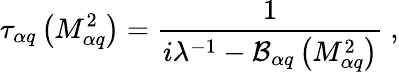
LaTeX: \tau_{\alpha q}\left(M_{\alpha q}^{2}\right)=\frac{1}{i\lambda^{-1}-{\cal B}_{\alpha q}\left(M_{\alpha q}^{2}\right)}\ ,